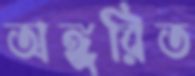
অঙ্গুরিত